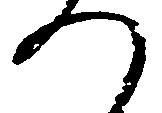
つ